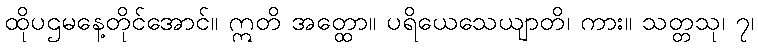
ထိုပဌမနေ့တိုင်အောင်။ ဣတိ အတ္ထော။ ပရိယေသေယျာတိ၊ ကား။ သတ္တသု၊ ၇၊